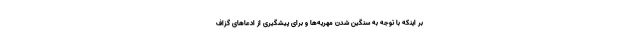
بر اینکه با توجه به سنگین شدن مهریه‌ها و برای پیشگیری از ادعاهای گزاف